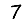
Digit: 7